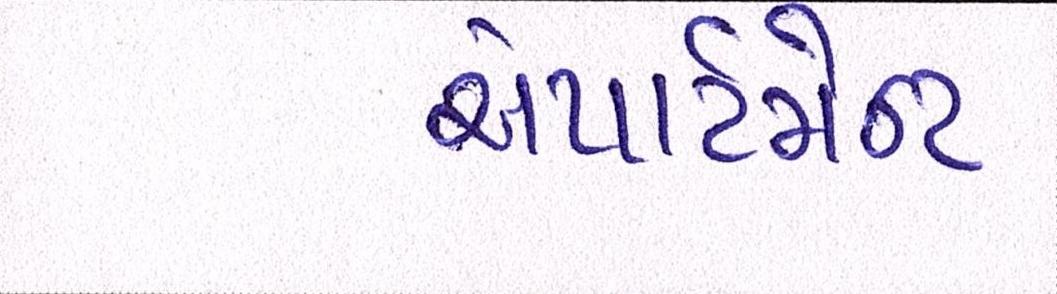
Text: એપાર્ટમેન્ટ